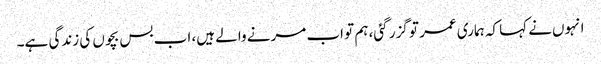
انہوں‌نے کہا کہ ہماری عمر تو گزر گئی، ہم تو اب مرنے والے ہیں، اب بس بچوں کی زندگی ہے۔